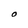
Character: O